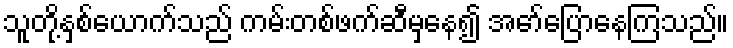
သူတို့နှစ်ယောက်သည် ကမ်းတစ်ဖက်ဆီမှနေ၍ အော်ပြောနေကြသည်။